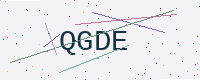
Text: QGDE